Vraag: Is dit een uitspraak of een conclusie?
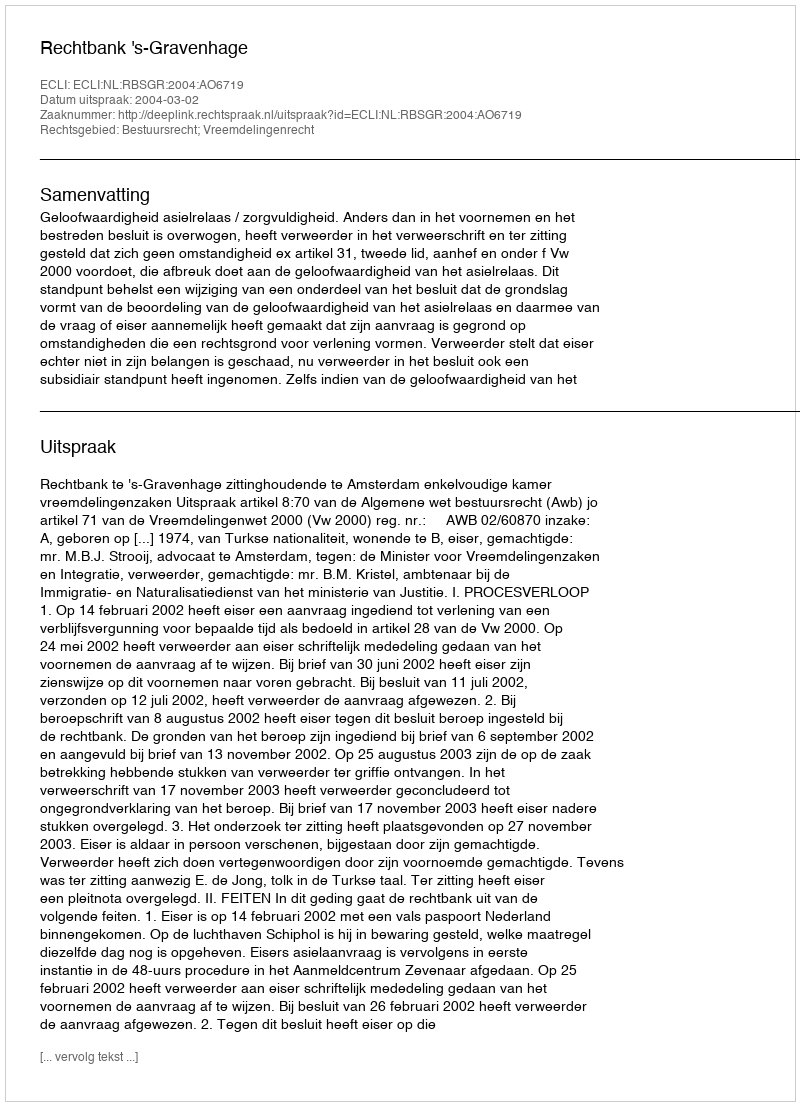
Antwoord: Uitspraak